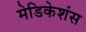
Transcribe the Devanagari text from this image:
मेडिकेशंस